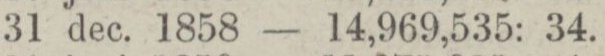
„ 31 dec. 1858 — 14,969,535: 34.